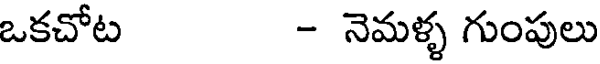
ఒకచోట - నెమళ్ళ గుంపులు